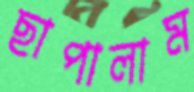
ছাপালাম